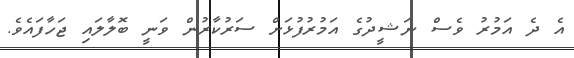
އެ ދެ އަމުރު ވެސް ނަޝީދުގެ އަމުރުފުޅަށް ސަރުކާރުން ވަނީ ބޮލާލައި ޖަހާފައެވެ.